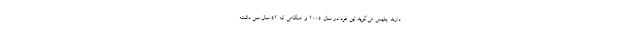
دارند. پلیس می‌گوید این فرد در سال ۲۰۰۵ و هنگامی که ۵۲ سال سن داشته